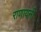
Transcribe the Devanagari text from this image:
राणायनी